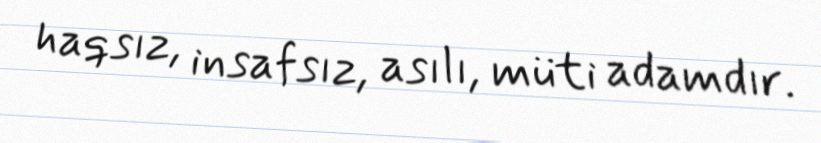
haqsız, insafsız, asılı, müti adamdır.